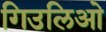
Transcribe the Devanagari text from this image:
गिउलिओ